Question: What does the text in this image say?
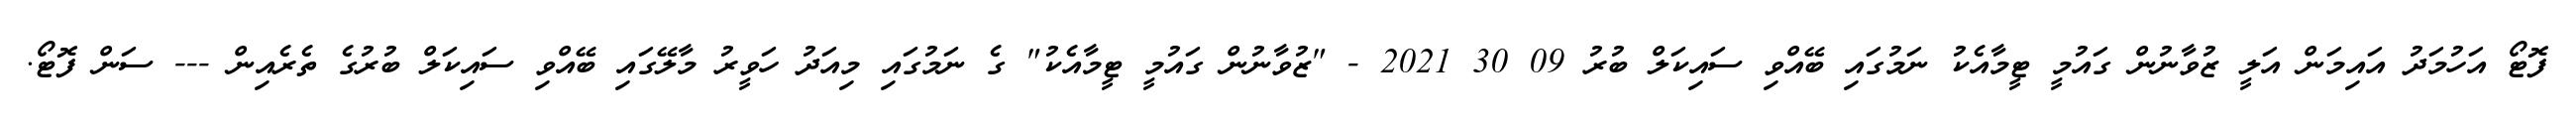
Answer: ފޮޓޯ އަހުމަދު އައިމަން އަލީ ޒުވާނުން ގައުމީ ޓީމާއެކު ނަމުގައި ބޭއްވި ސައިކަލް ބުރު 09 30 2021 - "ޒުވާނުން ގައުމީ ޓީމާއެކު" ގެ ނަމުގައި މިއަދު ހަވީރު މާލޭގައި ބޭއްވި ސައިކަލް ބުރުގެ ތެރެއިން --- ސަން ފޮޓޯ.